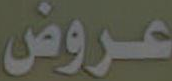
عروض